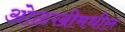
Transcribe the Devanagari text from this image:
ओळखीमधील